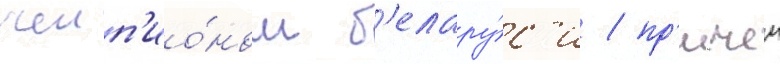
чемп'ио́ном б'елару́с'и / пр'ичем